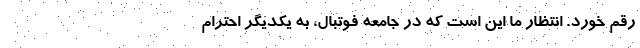
رقم خورد. انتظار ما این است که در جامعه فوتبال، به یکدیگر احترام